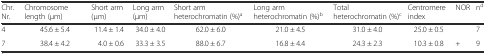
| Chr. Nr. | Chromosome length (μm) | Short arm (μm) | Long arm (μm) | Short arm heterochromatin (%)a | Long arm heterochromatin (%)b | Total heterochromatin (%)c | Centromere index | NOR | nd |
 | --- | --- | --- | --- | --- | --- | --- | --- | --- | --- |
 | 4 | 45.6 ± 5.4 | 11.4 ± 1.4 | 34.0 ± 4.0 | 62.0 ± 6.0 | 21.0 ± 4.5 | 31.0 ± 4.0 | 25.0 ± 0.5 |  | 7 |
 | 7 | 38.4 ± 4.2 | 4.0 ± 0.6 | 33.3 ± 3.5 | 88.0 ± 6.7 | 16.8 ± 4.4 | 24.3 ± 2.3 | 10.3 ± 0.8 | + | 9 |